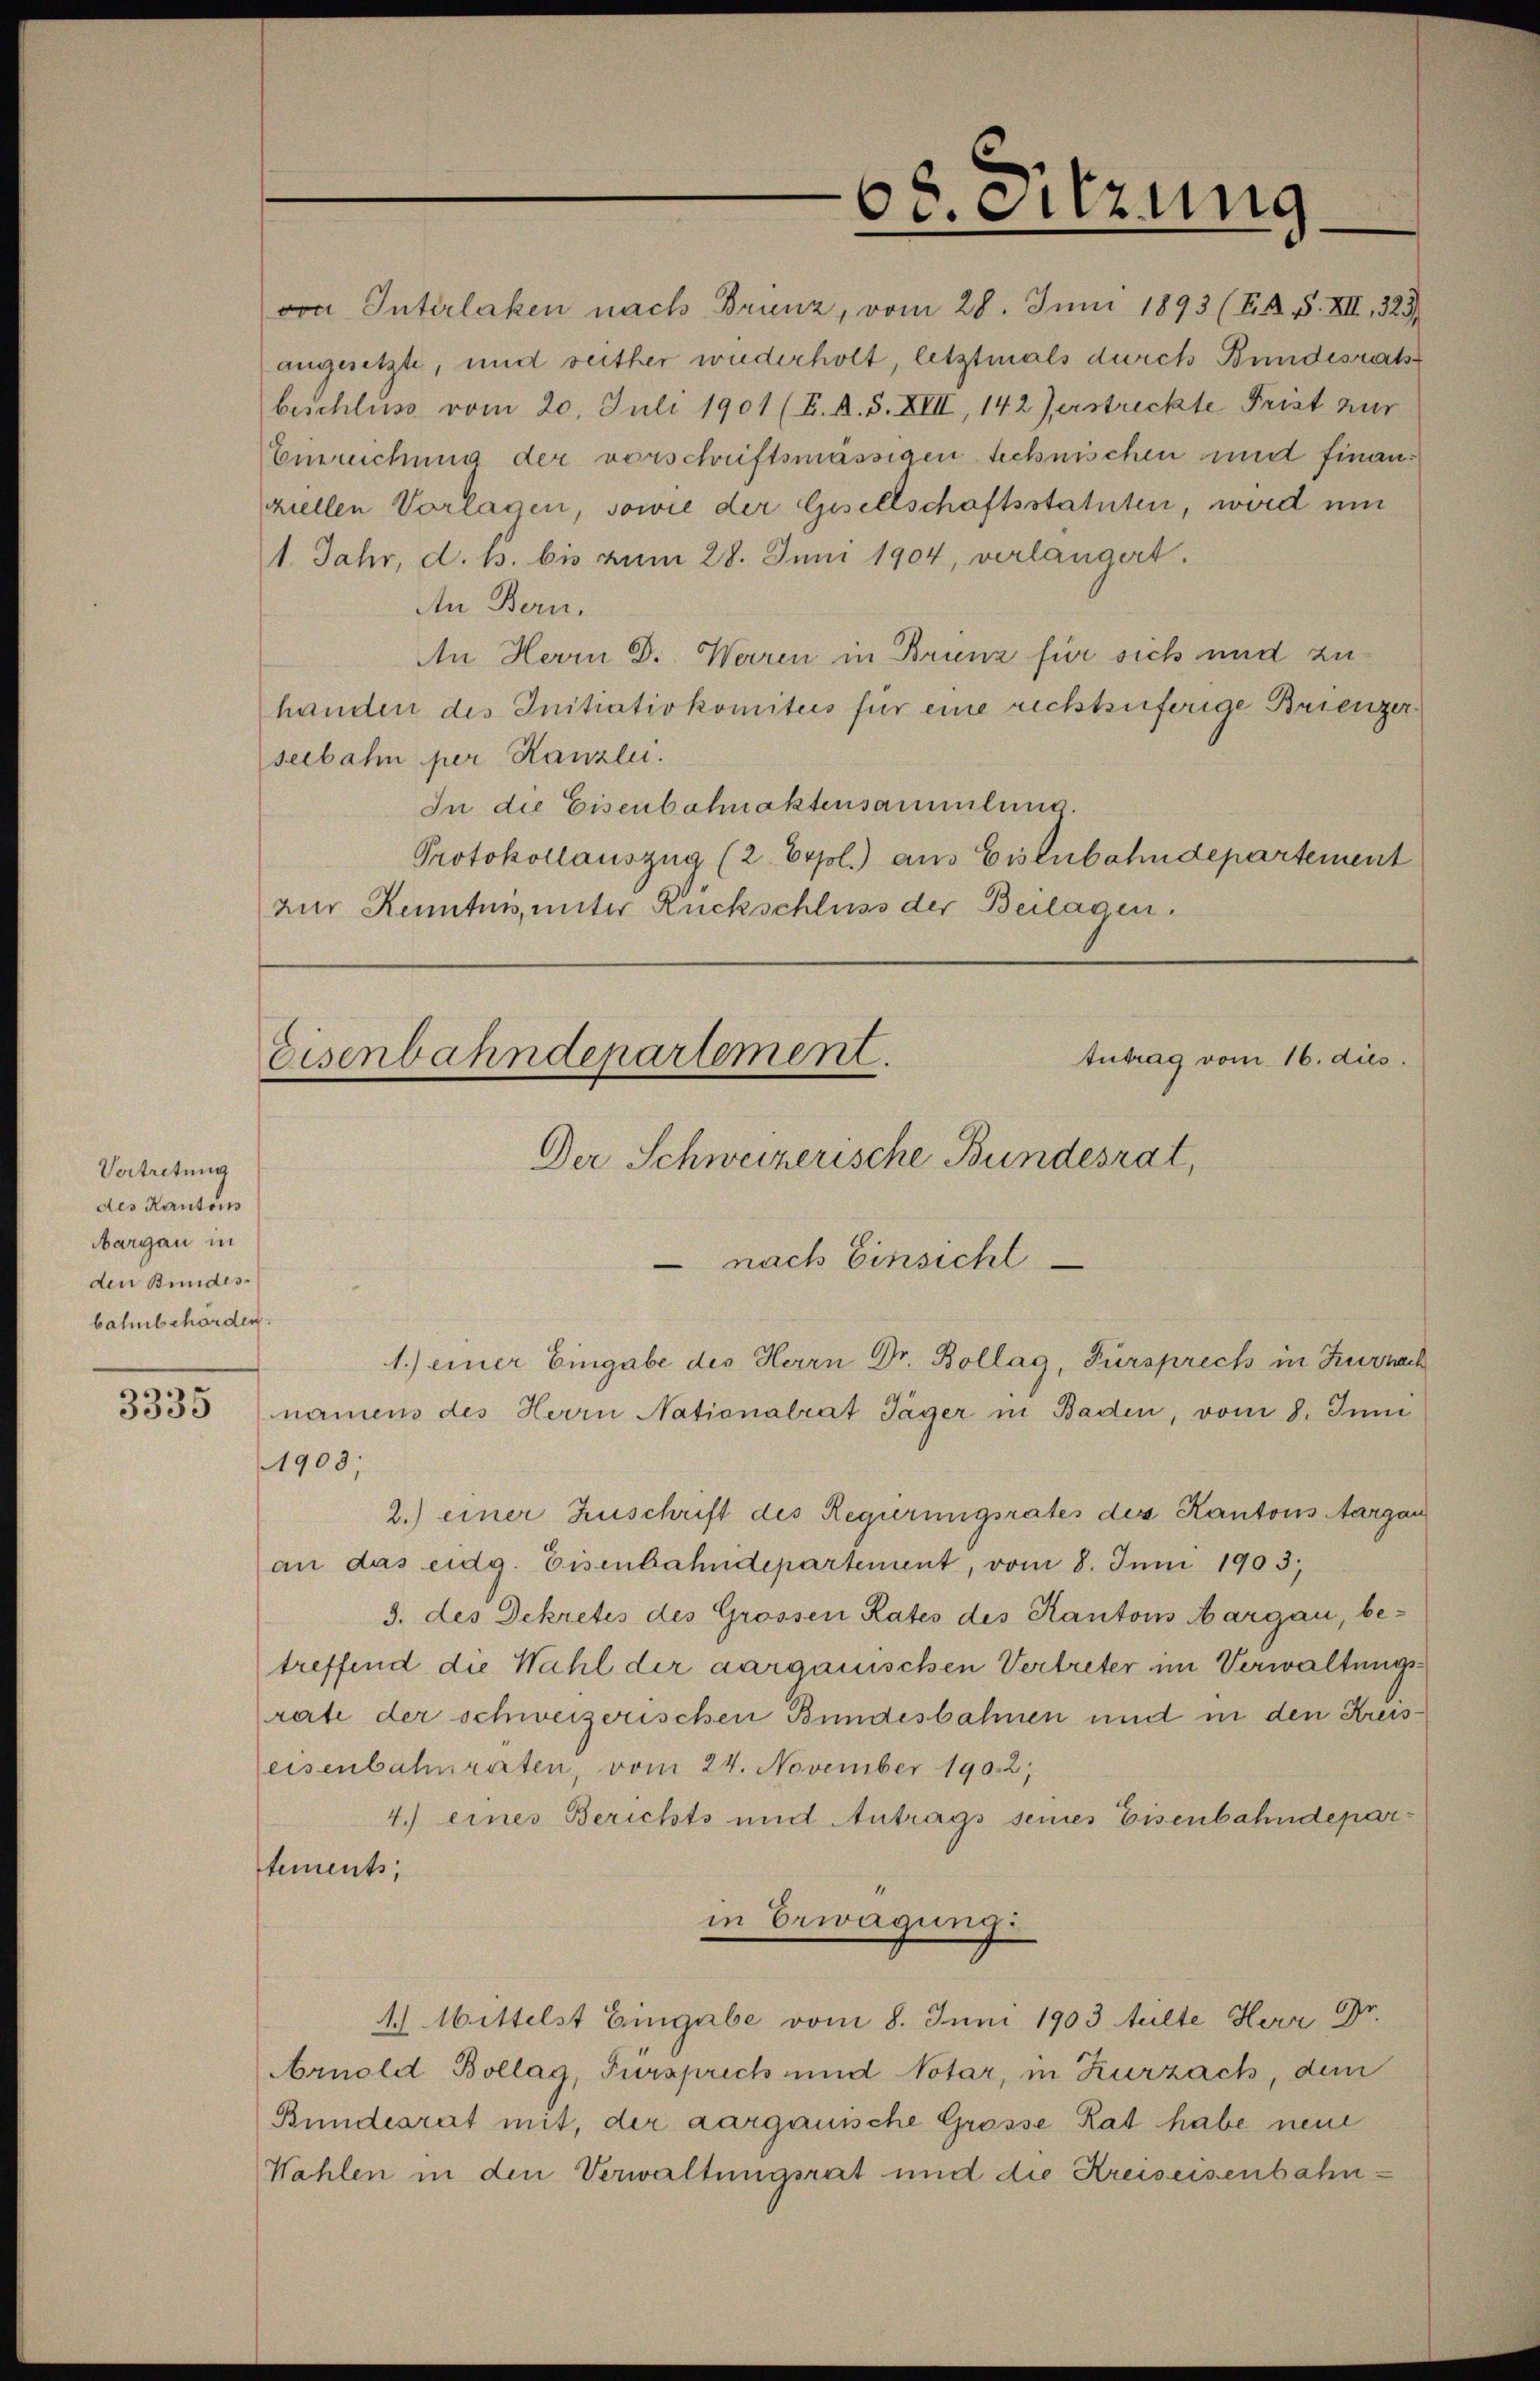
Vertretung
des Kantonss
Margau in
den Bundesbahnbehörden.

3335

von Interlaken nach Brünz, vom 28. Juni 1893 (T. K. S. XII., 323
angesetzte, und seither wiederholt, letztmals durch Bundesrat
beschluss vom 20. Juli 1901 (E. A. S. XIII, 142 Zerstreckte Frist zur
Eupruchung der vorschriftsmässigen technischen mit finanziellen Vorlagen, sowie der Gisellschaftsstatuten, wird mit
1. Jahr, d. h. bis zum 28. Juni 1904, verlangert.
An Bern.
An Herrn D. Werren in Brienz für sich und zuhanden des Initiativkomiteis für eine richtsuferige Brienzerseebahn per Kanzlei.
In die Eisenbahnaktensammlung.
Protokollauszug (2. Erpol.) aus Eisenbahndepartement
zur Kenntnis, unter Rückschluss der Beilagen.

68. Sitzung

Autrag vom 16. dies
Eisenbahndepartement.
Der Schweizerische Bundesrat,
 nach Einsicht

1.) einer Eingabe des Herrn Dr. Bollag, Fürsprech in Zurzach

namens des Herrn Nationalrat Jäger in Baden, vom 8. Juni
1905;
2.) einer Zuschrift des Regierungsrates des Kantons Aargau
an das eidg. Eisenbahndepartement, vom 8. Juni 1903,
3. des Dekretes des Grossen Rates des Kantons Aargau, be-
treffend die Wahl der aargauischen Vertreter im Verwaltungsrate der schweizerischen Bundesbahnen und in den Kreiseisenbahnraten, vom 24. November 1902;
4.) eines Berichts und Antrags seines Eisenbahndepartements,
in Erwägung
4.) Mittelst Eingabe vom 8. Juni 1903 teilte Herr Dr.
Arnold Bollag, Fürsprich und Notar, in Zurzach, dem
Bundesrat mit, der aargauische Grosse Rat habe neue
Wahlen in den Verwaltungsrat und die Kreiseisenbahn¬